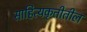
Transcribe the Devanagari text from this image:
साहित्यकृतीतील